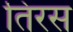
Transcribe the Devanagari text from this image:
तिरस